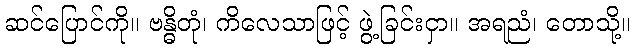
ဆင်ပြောင်ကို။ ဗန္ဓိတုံ၊ ကိလေသာဖြင့် ဖွဲ့ခြင်းငှာ။ အရညံ၊ တောသို့။